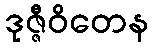
ဒုဇ္ဇီဝိတေန